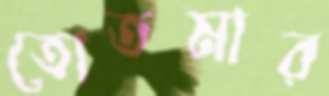
তোতমার